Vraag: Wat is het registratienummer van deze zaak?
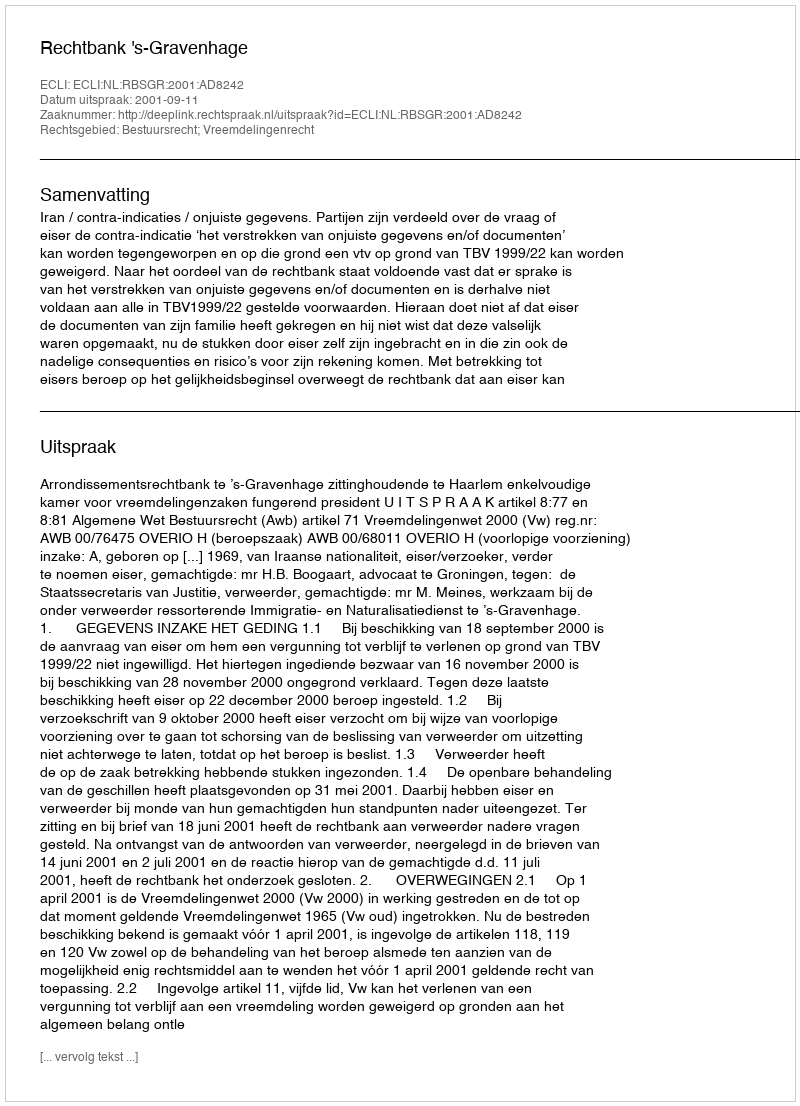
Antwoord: http://deeplink.rechtspraak.nl/uitspraak?id=ECLI:NL:RBSGR:2001:AD8242